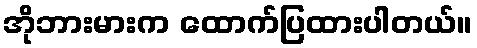
အိုဘားမားက ထောက်ပြထားပါတယ်။